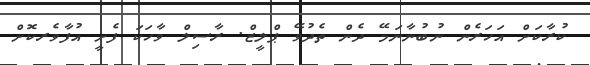
ކުރާކަށް އަހަރެން ނުބުނާނަމޭ ދެން ތެދުވޭ ޕްލީޒް. ރާސިލް ވާހަކަ ފެށީ އުފާވެރކޮށް